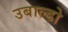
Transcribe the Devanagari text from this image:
उबाल्डो